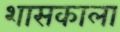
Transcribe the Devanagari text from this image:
शासकाला